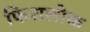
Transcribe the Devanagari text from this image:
फिशलोक